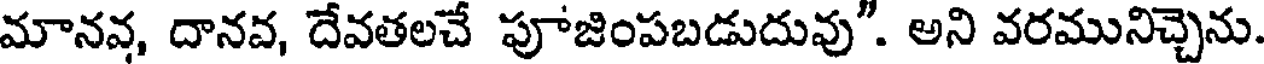
మానవ, దానవ, దేవతలచే పూజింపబడుదువు". అని వరమునిచ్చెను